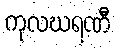
ကုလဃရဏီ